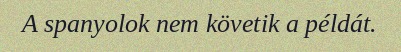
A spanyolok nem követik a példát.